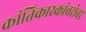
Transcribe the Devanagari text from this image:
क्रांतिकारकांबरोबर